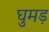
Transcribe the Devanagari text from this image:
घुमड़